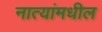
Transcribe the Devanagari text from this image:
नात्यांमधील